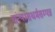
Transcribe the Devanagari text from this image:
संन्यासधर्मसम्पन्न